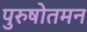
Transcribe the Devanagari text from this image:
पुरुषोतमन